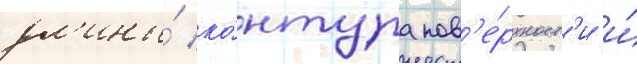
дл'ины́ ко́нтура пов'е́рхност'и и́